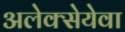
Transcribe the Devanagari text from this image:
अलेक्सेयेवा